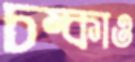
চম্‌কাও